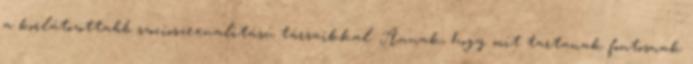
a korlátozottabb szocioszexualitású társaikkal. Annak, hogy mit tartanak fontosnak